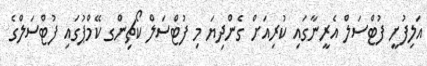
އަލިފުށީ ފުޓްސަލް އެރީނާގައި ކުރިއަށް ގެންދިޔަ މި ފުޓްސަލް ކޯޗިންގ ކޭމްޕުގައި ފުޓްސަލްގެ